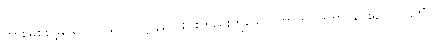
တားမြစ်စိမ့်သောငှာ သတိပဋ္ဌာန်လေးပါးတည်းဟူသော ကာကို။ ဒတွာ၊ ပေး၍။ တိခိဏံ၊